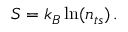
S = k _ { B } \ln ( n _ { t s } ) \, .